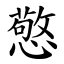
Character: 憼